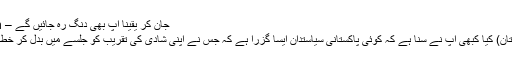
جان کر یقیناً آپ بھی دنگ رہ جائیں گے – News Pakistan
اسلام آباد (نیوز پاکستان) کیا کبھی آپ نے سنا ہے کہ کوئی پاکستانی سیاستدان ایسا گزرا ہے کہ جس نے اپنی شادی کی تقریب کو جلسے میں بدل کر خطاب شروع کر دیا ہو۔